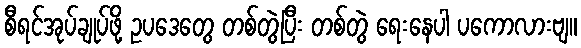
စီရင်အုပ်ချုပ်ဖို့ ဥပဒေတွေ တစ်တွဲပြီး တစ်တွဲ ရေးနေပါ ပကောလားဗျ။